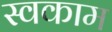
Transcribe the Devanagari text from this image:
स्वकाम